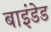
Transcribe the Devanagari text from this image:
बाइंडेड